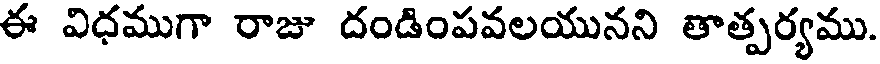
ఈ విధముగా రాజు దండింపవలయునని తాత్పర్యము.